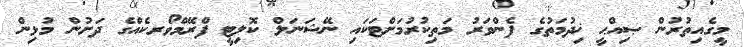
މީގެއިތުރުން ޞިއްޙީ ޚިދުމަތުގެ ފެންވަރު މަތިކުރުމަށްޓަކައި ނޭޝަނަލް ކޮލިޓީ ފްރޭމްވޯރކެއްގެ ދަށުން މުޅިން